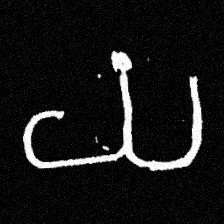
Pyu character \u2014 Myanmar letter: ယ (romanized: ya)